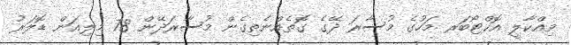
ވިއްކާލީ އޮކްޓޯބަރ މަހުގެ މުސާރަ ދޭގެ ގޮތެއްނެތިގެން މުސާރަދޭން 78 މިލިއަން ޑޮލަރު